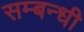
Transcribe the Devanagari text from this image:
सम्‍बन्‍धी